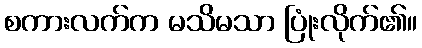
စကားလက်က မသိမသာ ပြုံးလိုက်၏။